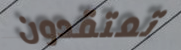
تعتقدون